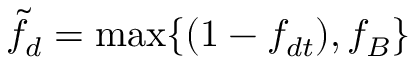
\Tilde { f } _ { d } = \operatorname* { m a x } \{ ( 1 - f _ { d t } ) , f _ { B } \}